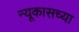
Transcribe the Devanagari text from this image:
न्यूकासच्या